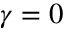
\gamma = 0